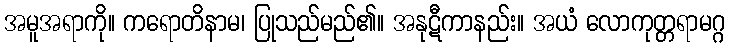
အမူအရာကို။ ကရောတိနာမ၊ ပြုသည်မည်၏။ အနုဋီကာနည်း။ အယံ လောကုတ္တရာမဂ္ဂ